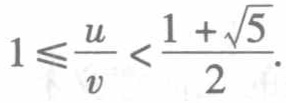
$1\leqslant\frac{u}{v}<\frac{1 + \sqrt{5}}{2}.$